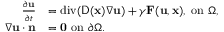
\begin{array} { r l } { \frac { \partial \mathbf { u } } { \partial t } } & { = \mathrm { d i v } ( \mathsf { D } ( \mathbf { x } ) \nabla \mathbf { u } ) + \gamma \mathbf { F } ( \mathbf { u } , \mathbf { x } ) , ~ \mathrm { o n } ~ \Omega , } \\ { \nabla \mathbf { u } \cdot \mathbf { n } } & { = \mathbf { 0 } ~ \mathrm { o n } ~ \partial \Omega . } \end{array}